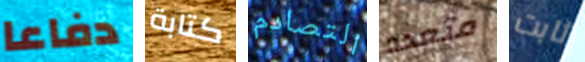
دفاعا كتابة التصادم متعدد ثابت